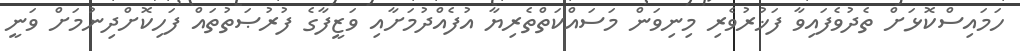
ހަމައިސްކޮޅަށް ތެދުވެފައިވާ ފަޚުރުވެރި މިނިވަން މަސައްކަތްތެރިޔާ އުފެއްދުމަށާއި ވަޒީފާގެ ފުރުޞަތުތައް ފަހިކޮށްދިނުމަށް ވަނީ